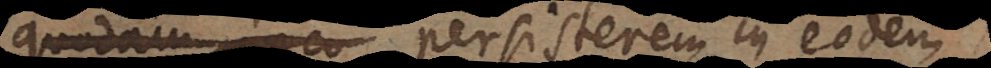
quodam inco persisterem in eodem